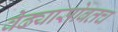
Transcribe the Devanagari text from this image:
वेढ्यासोबतच